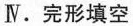
Ⅳ.完形填空